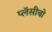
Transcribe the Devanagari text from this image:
प्लॅसीबो